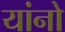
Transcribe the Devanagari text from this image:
यांनो